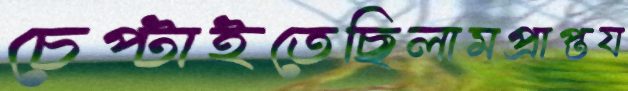
চেপ্‌টাইতেছিলামপ্রাপ্তয